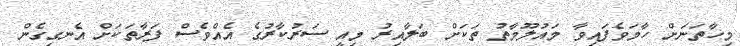
މިހާތަނަށް ހާމަވެފައިވާ މައުލޫމާތު ތަކަށް ބަލާއިރު މިއީ ސަރުކާރުގެ އެއްވެސް ފަރާތަކަށް އެނގިގެން